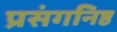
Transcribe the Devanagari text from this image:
प्रसंगनिष्ठ